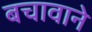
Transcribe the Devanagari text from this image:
बचावाने